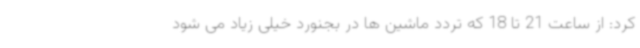
کرد: از ساعت 21 تا 18 که تردد ماشین ها در بجنورد خیلی زیاد می شود